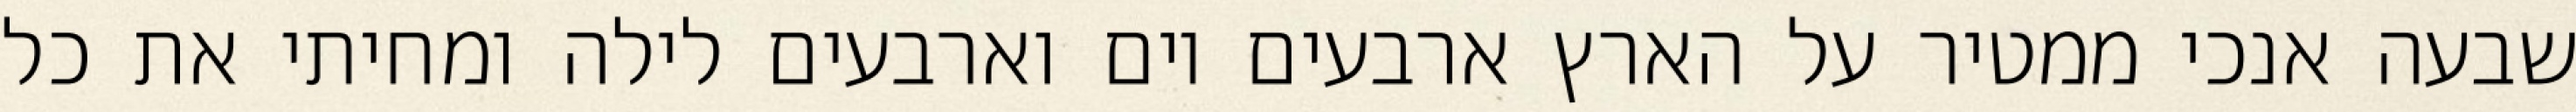
שבעה אנכי ממטיר על הארץ ארבעים יום וארבעים לילה ומחיתי את כל